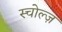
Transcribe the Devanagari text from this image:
स्चोल्ज़